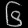
Digit: ၆